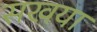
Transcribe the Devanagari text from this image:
सखया